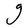
Character: g